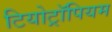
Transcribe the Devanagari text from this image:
टियोट्रॉपियम